Indian journal of veterinary science and animal husbandry - Volume 2,
Year: 1932
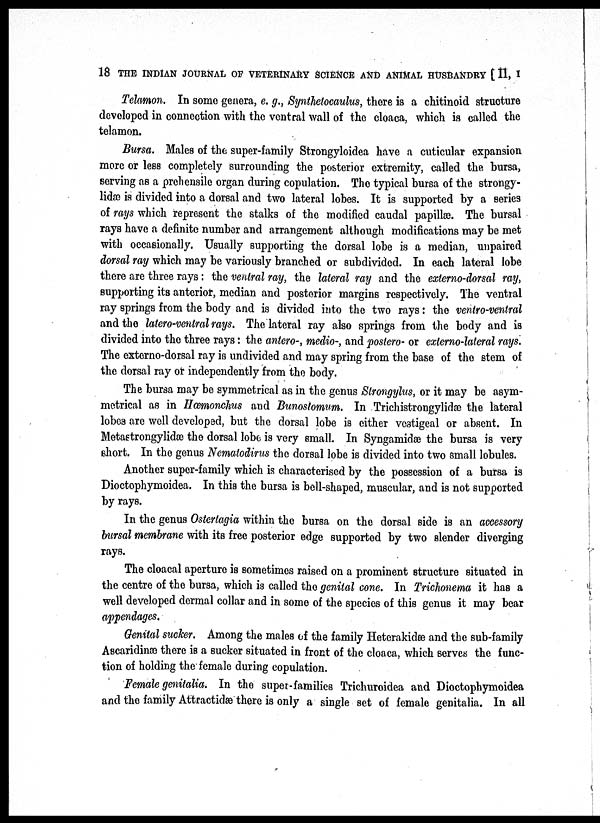
18 THE INDIAN JOURNAL OF VETERINARY SCIENCE AND ANIMAL HUSBANDRY [ II, I
Telamon. In some genera, e. g., Synthetocaulus, there is a chitinoid structure
developed in connection with the ventral wall of the cloaca, which is called the
telamon.
Bursa. Males of the super-family Strongyloidea have a cuticular expansion
more or less completely surrounding the posterior extremity, called the bursa,
serving as a prehensile organ during copulation. The typical bursa of the strongy¬
lidæ is divided into a dorsal and two lateral lobes. It is supported by a series
of rays which represent the stalks of the modified caudal papillæ. The bursal
rays have a definite number and arrangement although modifications may be met
with occasionally. Usually supporting the dorsal lobe is a median, unpaired
dorsal ray which may be variously branched or subdivided. In each lateral lobe
there are three rays: the ventral ray, the lateral ray and the externo-dorsal ray,
supporting its anterior, median and posterior margins respectively. The ventral
ray springs from the body and is divided into the two rays: the ventro-ventral
and the latero-ventral rays. The lateral ray also springs from the body and is
divided into the three rays: the antero-, medio-, and postero- or externo-lateral rays.
The externo-dorsal ray is undivided and may spring from the base of the stem of
the dorsal ray or independently from the body.
The bursa may be symmetrical as in the genus Strongylus, or it may be asym-
metrical as in Hæmonchus and Bunostomum. In Trichistrongylidæ the lateral
lobes are well developed, but the dorsal lobe is either vestigeal or absent. In
Metastrongylidæ the dorsal lobe is very small. In Syngamidæ the bursa is very
short. In the genus Nematodirus the dorsal lobe is divided into two small lobules.
Another super-family which is characterised by the possession of a bursa is
Dioctophymoidea. In this the bursa is bell-shaped, muscular, and is not supported
by rays.
In the genus Ostertagia within the bursa on the dorsal side is an accessory
bursal membrane with its free posterior edge supported by two slender diverging
rays.
The cloacal aperture is sometimes raised on a prominent structure situated in
the centre of the bursa, which is called the genital cone. In Trichonema it has a
well developed dermal collar and in some of the species of this genus it may bear
appendages.
Genital sucker. Among the males of the family Heterakidæ and the sub-family
Ascaridinæ there is a sucker situated in front of the cloaca, which serves the func-
tion of holding the female during copulation.
Female genitalia. In the super-families Trichuroidea and Dioctophymoidea
and the family Attractidæ there is only a single set of female genitalia. In all